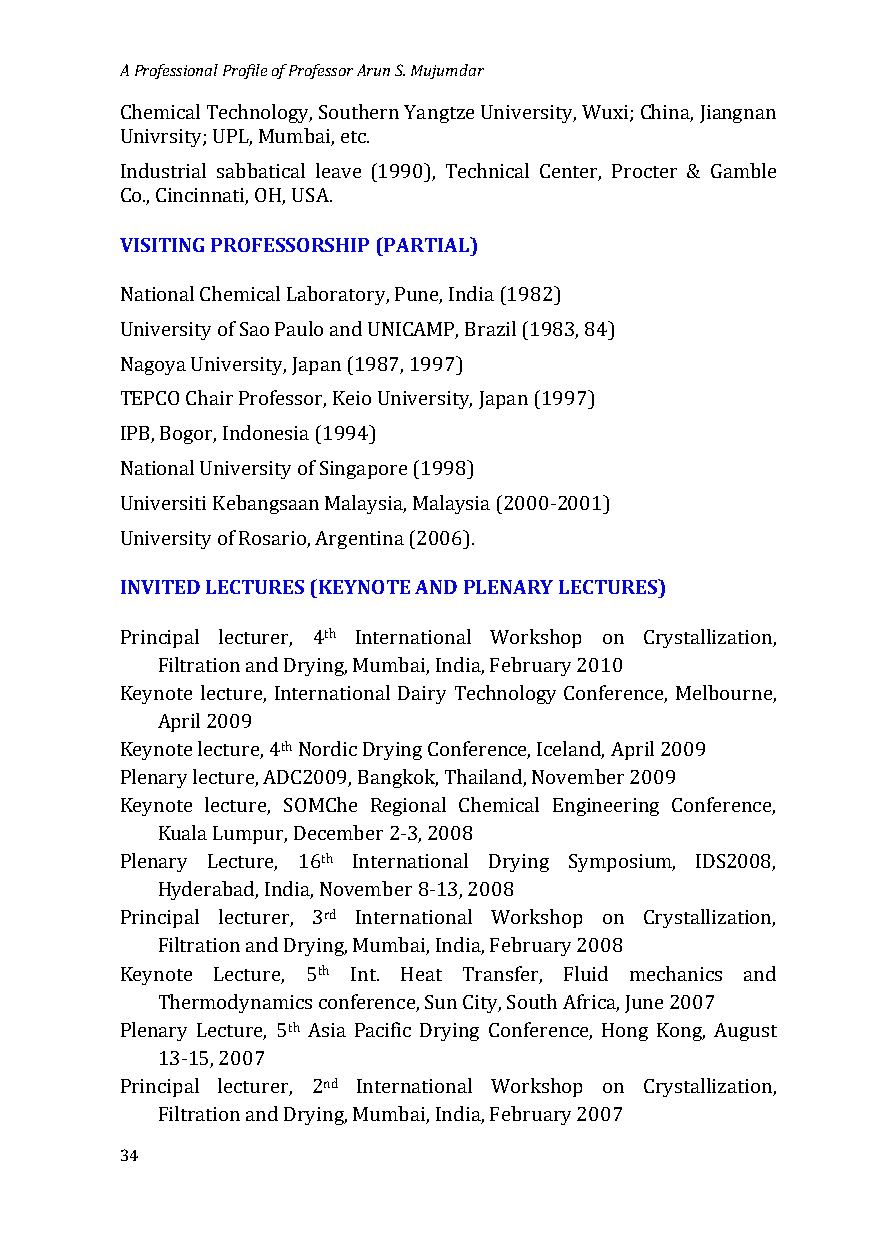
A Professional Profile of Professor Arun S. Mujumdar
 Chemical Technology, Southern Yangtze University, Wuxi; China, Jiangnan
 Univrsity; UPL, Mumbai, etc.
 Industrial sabbatical leave (1990), Technical Center, Procter & Gamble
 VCoIS.,I CTiInNcGin PnaRtOi, FOEHS,S UOSRAS. HIP (PARTIAL)
 National Chemical Laboratory, Pune, India (1982)
 University of Sao Paulo and UNICAMP, Brazil (1983, 84)
 Nagoya University, Japan (1987, 1997)
 TEPCO Chair Professor, Keio University, Japan (1997)
 IPB, Bogor, Indonesia (1994)
 National University of Singapore (1998)
 Universiti Kebangsaan Malaysia, Malaysia (2000-2001)
 UINnVivIeTrEsDit yL oEfC RToUsRarEiSo ,( AKrEgYeNntOinTaE ( A20N0D6 )P. LENARY LECTURES)
 th
 Principal lecturer, 4 International Workshop on Crystallization,
 Filtration and Drying, Mumbai, India, February 2010
 Keynote lecture, International Dairy Technology Conference, Melbourne,
 April 2009
 th
 Keynote lecture, 4 Nordic Drying Conference, Iceland, April 2009
 Plenary lecture, ADC2009, Bangkok, Thailand, November 2009
 Keynote lecture, SOMChe Regional Chemical Engineering Conference,
 Kuala Lumpur, December 2-3, 2008
 th
 Plenary Lecture, 16 International Drying Symposium, IDS2008,
 Hyderabad, India, November 8-13, 2008
 rd
 Principal lecturer, 3 International Workshop on Crystallization,
 Filtration and Drying, Mumbai, India, February 2008
 th
 Keynote Lecture, 5 Int. Heat Transfer, Fluid mechanics and
 Thermodynamics conference, Sun City, South Africa, June 2007
 th
 Plenary Lecture, 5 Asia Pacific Drying Conference, Hong Kong, August
 13-15, 2007
 nd
 P rincipal lecturer, 2 International Workshop on Crystallization,
 Filtration and Drying, Mumbai, India, February 2007
 34